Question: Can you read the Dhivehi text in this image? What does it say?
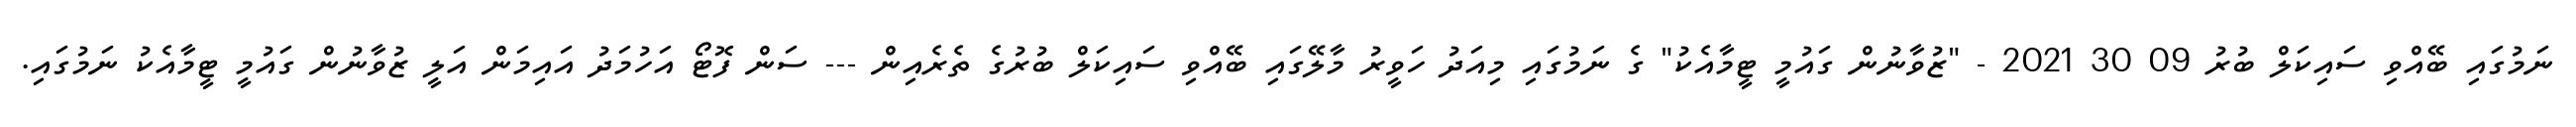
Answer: ނަމުގައި ބޭއްވި ސައިކަލް ބުރު 09 30 2021 - "ޒުވާނުން ގައުމީ ޓީމާއެކު" ގެ ނަމުގައި މިއަދު ހަވީރު މާލޭގައި ބޭއްވި ސައިކަލް ބުރުގެ ތެރެއިން --- ސަން ފޮޓޯ އަހުމަދު އައިމަން އަލީ ޒުވާނުން ގައުމީ ޓީމާއެކު ނަމުގައި.